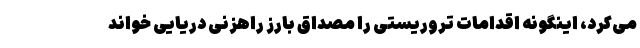
می‌کرد، اینگونه اقدامات تروریستی را مصداق بارز راهزنی دریایی خواند